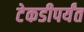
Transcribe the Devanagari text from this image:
टेकडीपर्यंत